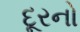
દૂરનો